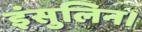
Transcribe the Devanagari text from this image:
इंसुलिन।